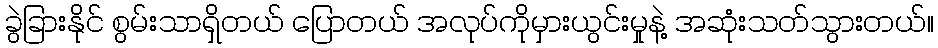
ခွဲခြားနိုင် စွမ်းသာရှိတယ် ပြောတယ် အလုပ်ကိုမှားယွင်းမှုနဲ့ အဆုံးသတ်သွားတယ်။